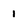
Character: 1